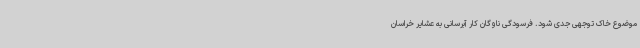
موضوع خاک توجهی جدی شود. فرسودگی ناوگان کار آبرسانی به عشایر خراسان